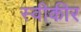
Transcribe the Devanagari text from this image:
स्वीकीर